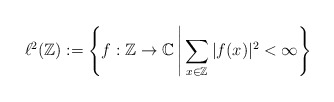
\begin{align*} \ell^2(\mathbb{Z}) := \left\{f:\mathbb{Z}\to \mathbb{C}\,\middle|\,\sum_{x\in\mathbb{Z}}|f(x)|^2< \infty\right\}\end{align*}